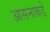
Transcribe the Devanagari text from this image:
आसनाकडे